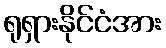
ရုရှားနိုင်ငံအား